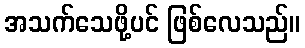
အသက်သေဖို့ပင် ဖြစ်လေသည်။